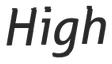
High